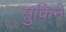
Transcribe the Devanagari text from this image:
सुकिन